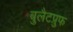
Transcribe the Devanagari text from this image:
बुलैटप्रुफ